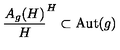
\frac { A _ { g } ( H ) } { H } \sp H \subset \mathrm { A u t } ( g )